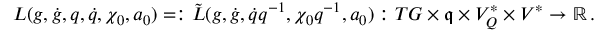
\begin{array} { r } { L ( g , \dot { g } , q , \dot { q } , \chi _ { 0 } , a _ { 0 } ) = : \Tilde { L } ( g , \dot { g } , \dot { q } q ^ { - 1 } , \chi _ { 0 } q ^ { - 1 } , a _ { 0 } ) : T G \times \mathfrak { q } \times V _ { Q } ^ { * } \times V ^ { * } \rightarrow \mathbb { R } \, . } \end{array}